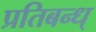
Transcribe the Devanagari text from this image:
प्रतिबन्ध्